画像に写った文字を読んでください
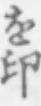
「を印」と書いてあります